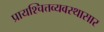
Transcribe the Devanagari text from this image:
प्रायश्चित्तव्यवस्थासार